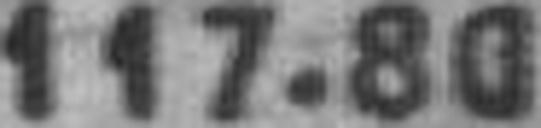
117.80